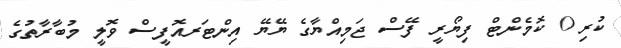
ކުރި 0 ކޮމެންޓް ފިޔޯރީ ފޭސް ޖަމިއްޔާގެ ޔޭޔޭ އިންޓަރއޮފީސް ވޮލީ މުބާރާތުގެ